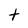
Character: t